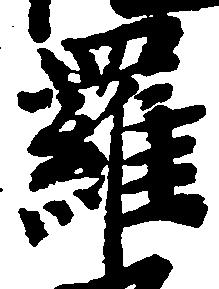
羅